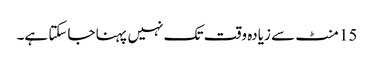
15 منٹ سے زیادہ وقت تک نہیں پہنا جاسکتا ہے۔